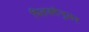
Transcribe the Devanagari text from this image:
पिलक्टेनुलर